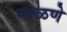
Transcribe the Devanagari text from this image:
माळणे